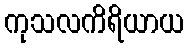
ကုသလကိရိယာယ